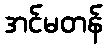
အင်မတန်